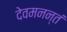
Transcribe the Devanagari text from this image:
देवमनन्तं